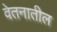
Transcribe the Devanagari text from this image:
वेतनातील